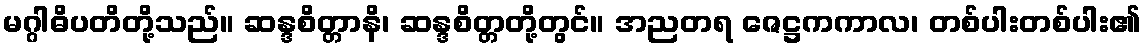
မဂ္ဂါဓိပတိတို့သည်။ ဆန္ဒစိတ္တာနိ၊ ဆန္ဒစိတ္တတို့တွင်။ အညတရ ဇေဋ္ဌကကာလ၊ တစ်ပါးတစ်ပါး၏